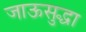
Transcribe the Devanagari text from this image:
जाऊसुद्धा